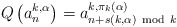
\begin{align*}Q\left( a^{k,\alpha}_n\right)=a^{k,\pi_k(\alpha)}_{n+s(k,\alpha){~\rm mod}~k}\end{align*}